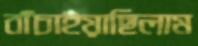
বাঁচাইয়াছিলাম